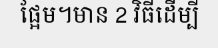
ផ្អែម។មាន 2 វិធីដើម្បី